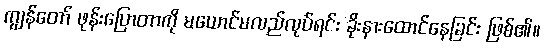
ကျွန်တော် ဖုန်းပြောတာကို မယောင်မလည်လုပ်ရင်း ခိုးနားထောင်နေခြင်း ဖြစ်၏။